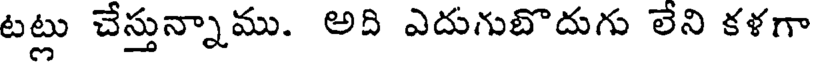
టట్లు చేస్తున్నాము. అది ఎదుగుబొదుగు లేని కళగా